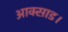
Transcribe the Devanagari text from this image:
आक्साड।